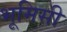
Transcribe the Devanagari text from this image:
भूमिसी